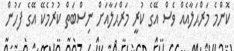
ކޮންމެ މަރްޙަލާއެއް ވެސް އޭގެ ކުރީ މަރްޙަލާއަށް ނިސްބަތް ކުރުމެކޭ އޭގެ ފަހުން